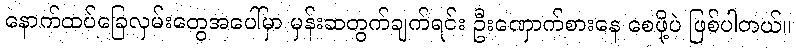
နောက်ထပ်ခြေလှမ်းတွေအပေါ်မှာ မှန်းဆတွက်ချက်ရင်း ဦးဏှောက်စားနေ စေဖို့ပဲ ဖြစ်ပါတယ်။